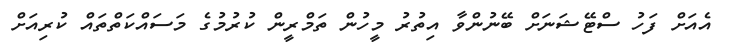
އެއަށް ފަހު ސްޓޭޝަނަށް ބޭނުންވާ އިތުރު މީހުން ތަމްރީން ކުރުމުގެ މަސައްކަތްތައް ކުރިއަށް